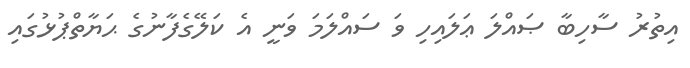
އިތުރު ސާހިބާ ޞައްލަ ޢަލައިހި ވަ ސައްލަމަ ވަނީ އެ ކަލޭގެފާނުގެ ޙަޔާތްޕުޅުގައި